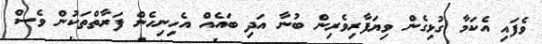
ވެފައި އެކަމާ ގުޅިގެން ވިޔަފާރިވެރިން ބުނާ އަދި ބައެއް އެހިނިހެން ފަރާތްތަކުން ވެސް